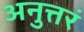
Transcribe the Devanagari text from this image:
अनुत्तरं